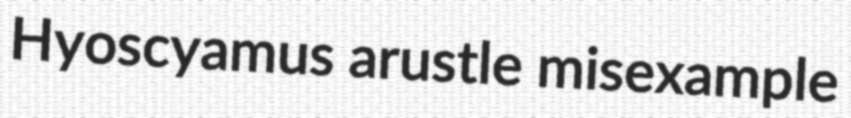
Hyoscyamus arustle misexample